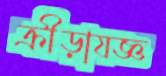
ক্রীড়াযজ্ঞ